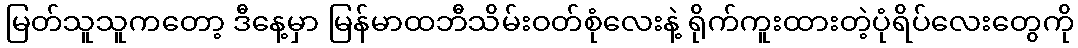
မြတ်သူသူကတော့ ဒီနေ့မှာ မြန်မာထဘီသိမ်းဝတ်စုံလေးနဲ့ ရိုက်ကူးထားတဲ့ပုံရိပ်လေးတွေကို